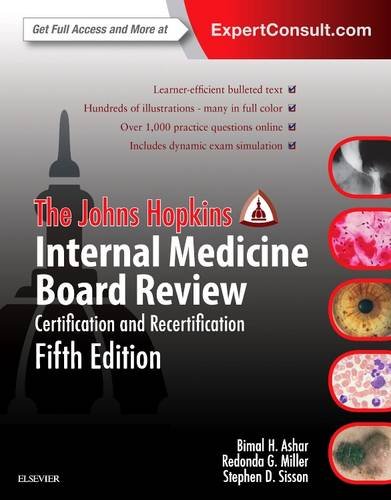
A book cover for The Johns Hopkins Internal Medicine Board Review: Certification and Recertification, 5e; Bimal Ashar MD  MBA; Test Preparation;